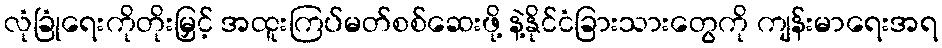
လုံခြုံရေးကိုတိုးမြှင့် အထူးကြပ်မတ်စစ်ဆေးဖို့ နဲ့နိုင်ငံခြားသားတွေကို ကျန်းမာရေးအရ